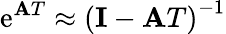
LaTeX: \mathrm{e}^{\mathbf{{A}}T}\approx\left(\mathbf{{I}}-\mathbf{{A}}T\right)^{-1}